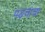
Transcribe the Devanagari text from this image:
पड़चाचा